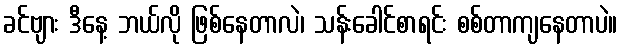
ခင်ဗျား ဒီနေ့ ဘယ်လို ဖြစ်နေတာလဲ၊ သန်းခေါင်စာရင်း စစ်တာကျနေတာပဲ။